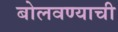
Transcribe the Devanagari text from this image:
बोलवण्याची